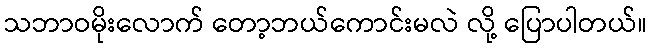
သဘာဝမိုးလောက် တော့ဘယ်ကောင်းမလဲ လို့ ပြောပါတယ်။